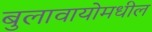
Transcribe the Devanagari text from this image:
बुलावायोमधील